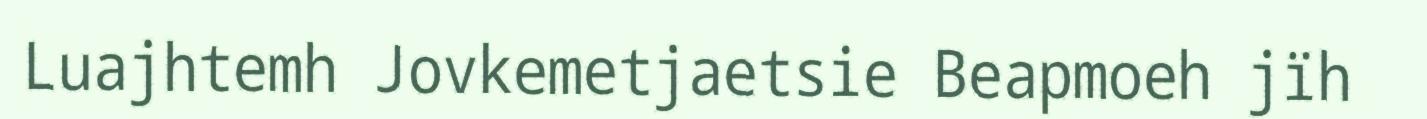
Luajhtemh Jovkemetjaetsie Beapmoeh jïh